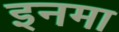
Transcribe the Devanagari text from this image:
इनमा